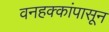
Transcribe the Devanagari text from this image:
वनहक्कांपासून